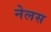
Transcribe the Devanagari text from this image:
नेलस